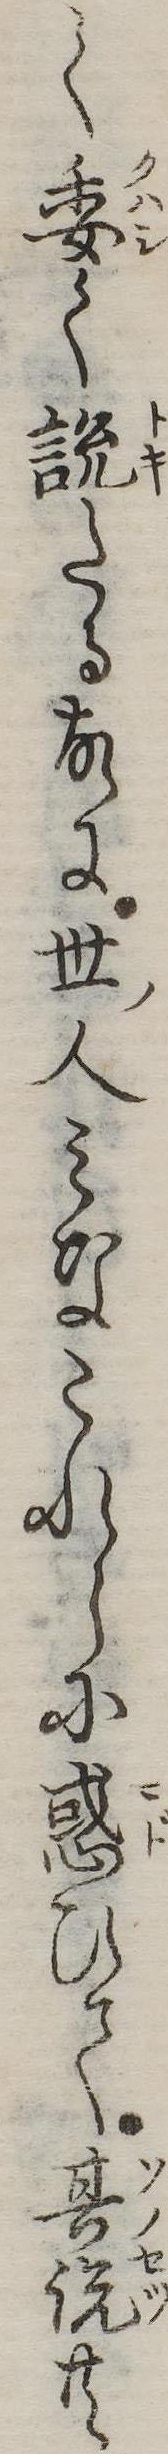
く委く説たる故に世人みなこれらに惑ひて其説共